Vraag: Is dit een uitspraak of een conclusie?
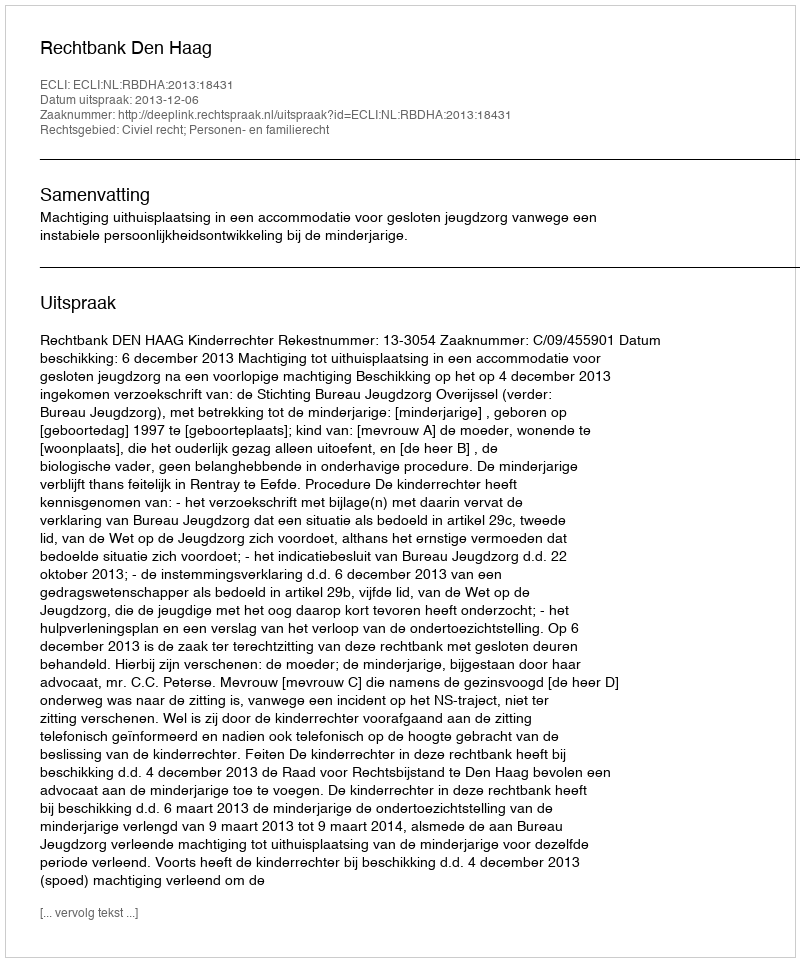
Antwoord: Uitspraak